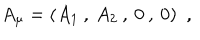
A _ { \mu } = ( A _ { 1 } \: , \: A _ { 2 } \: , \: 0 \: , \: 0 ) ~ ~ ,